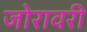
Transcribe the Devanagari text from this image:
जोरावरी